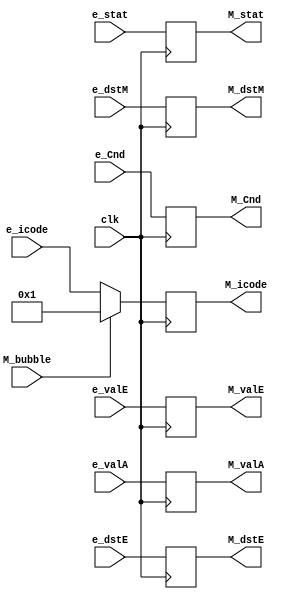
`timescale 1ns / 1ps

module M_pipe (
    input clk,
    input [2:0] e_stat,
    input [3:0] e_icode,
    input e_Cnd,
    input [63:0] e_valE,
    input [63:0] e_valA,
    input [3:0] e_dstE,
    input [3:0] e_dstM,
    input M_bubble,

    output reg [2:0] M_stat,
    output reg [3:0] M_icode,
    output reg M_Cnd,
    output reg [63:0] M_valE,
    output reg [63:0] M_valA,
    output reg [3:0] M_dstE,
    output reg [3:0] M_dstM
);

always @ (posedge clk)
begin
    if (M_bubble == 0)
    begin
        M_stat <= e_stat;
        M_icode <= e_icode;
        M_Cnd <= e_Cnd;
        M_valE <= e_valE;
        M_valA <= e_valA;
        M_dstE <= e_dstE;
        M_dstM <= e_dstM;
    end

    else
    begin
        M_stat <= e_stat;
        M_icode <= 4'b0001;
        M_Cnd <= e_Cnd;
        M_valE <= e_valE;
        M_valA <= e_valA;
        M_dstE <= e_dstE;
        M_dstM <= e_dstM;
    end
end

endmodule